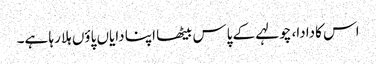
اس کادادا، چولہے کے پاس بیٹھا اپنا دایاں پاؤں ہلا رہا ہے۔